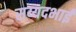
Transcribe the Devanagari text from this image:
सय्यदभाई